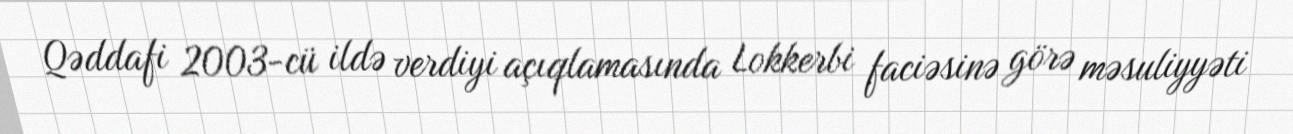
Qəddafi 2003-cü ildə verdiyi açıqlamasında Lokkerbi faciəsinə görə məsuliyyəti